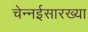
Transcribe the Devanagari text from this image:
चेन्नईसारख्या